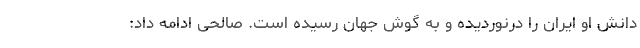
دانش او ایران را درنوردیده و به گوش جهان رسیده است. صالحی ادامه داد: